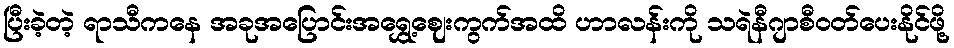
ပြီးခဲ့တဲ့ ရာသီကနေ အခုအပြောင်းအရွှေ့ဈေးကွက်အထိ ဟာလန်းကို သရဲနီဂျာစီဝတ်ပေးနိုင်ဖို့